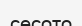
сесото